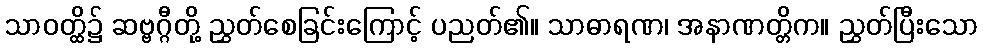
သာဝတ္ထိ၌ ဆဗ္ဗဂ္ဂီတို့ ညွှတ်စေခြင်းကြောင့် ပညတ်၏။ သာဓာရဏ၊ အနာဏတ္တိက။ ညွှတ်ပြီးသော